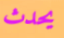
يحدث